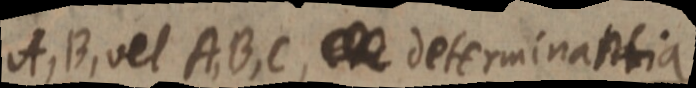
A, B, vel ABC, _ determinantia